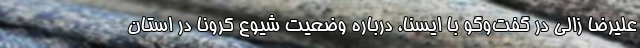
علیرضا زالی در گفت‌وگو با ایسنا، درباره وضعیت شیوع کرونا در استان